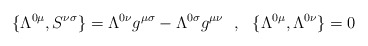
\begin{align*}\{\Lambda^{0\mu},S^{\nu\sigma}\}=\Lambda ^{0\nu}g^{\mu\sigma}-\Lambda^{0\sigma}g^{\mu\nu}~~,~~\{\Lambda^{0\mu},\Lambda ^{0\nu}\}=0\end{align*}